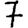
Digit: 7